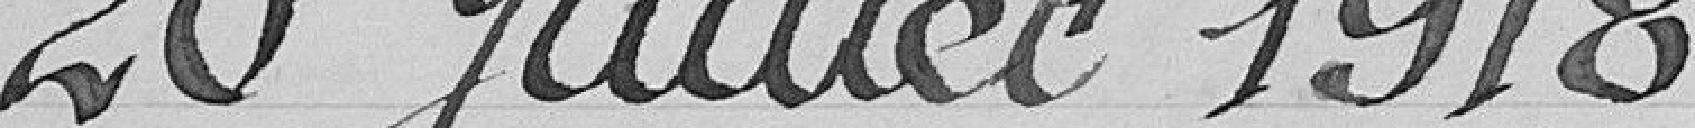
20 juillet 1918